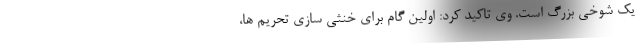
یک شوخی بزرگ است. وی تاکید کرد: اولین گام برای خنثی سازی تحریم ها،